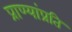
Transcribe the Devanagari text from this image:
प्राण्यांप्रति